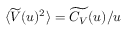
\langle \widetilde { V } ( u ) ^ { 2 } \rangle = \widetilde { C _ { V } } ( u ) / u